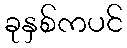
ခုနှစ်ကပင်